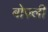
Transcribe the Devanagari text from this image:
बोज़्ली